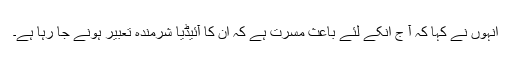
انہوں نے کہا کہ آ ج انکے لئے باعث مسرت ہے کہ ان کا آئیڈیا شرمندہ تعبیر ہونے جا رہا ہے۔